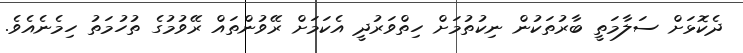
ދެކޮޅަށް ސަލާމަތީ ބާރުތަކުން ނިކުތުމަށް ހިތްވަރުދީ އެކަމަށް ރޭވުންތައް ރޭވުމުގެ ތުހުމަތު ހިމެނެއެވެ.